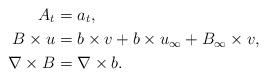
LaTeX: \begin{align*}A_t&=a_t,\\B\times u&=b\times v+b\times u_{\infty}+B_{\infty}\times v, \\\nabla \times B&=\nabla \times b.\end{align*}